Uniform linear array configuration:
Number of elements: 64
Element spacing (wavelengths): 1
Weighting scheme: uniform
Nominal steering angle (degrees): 30
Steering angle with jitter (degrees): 28.945
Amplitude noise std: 0.05
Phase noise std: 0.05

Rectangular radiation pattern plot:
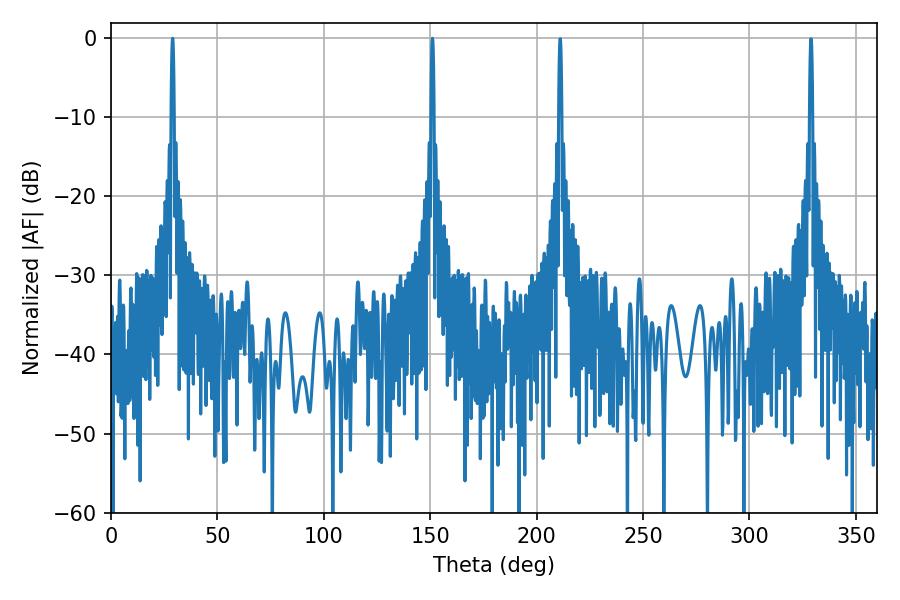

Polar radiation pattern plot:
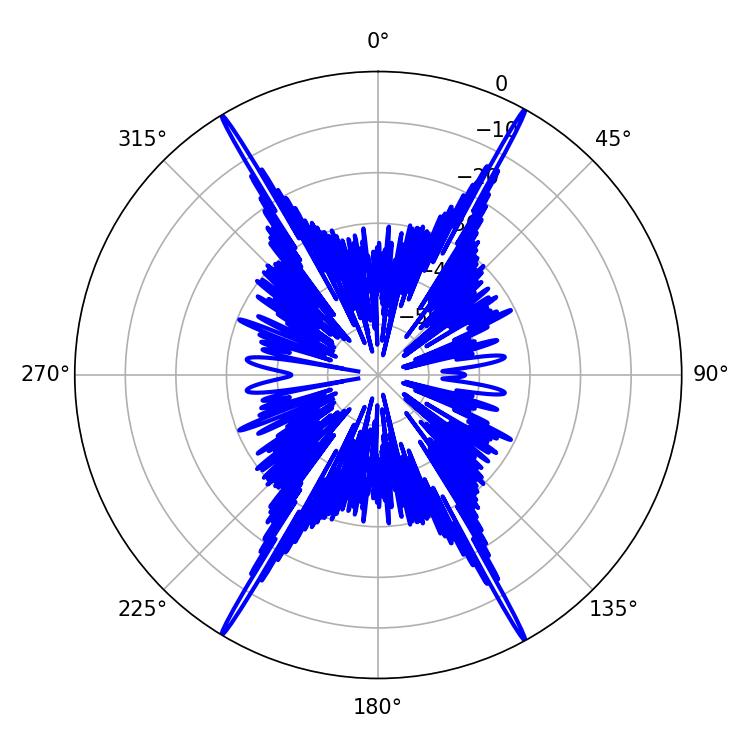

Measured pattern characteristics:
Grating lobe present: TRUE
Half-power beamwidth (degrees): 0.72
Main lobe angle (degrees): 151.02